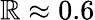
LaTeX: \mathbb{R}\approx0.6